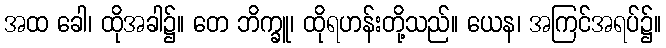
အထ ခေါ၊ ထိုအခါ၌။ တေ ဘိက္ခူ၊ ထိုရဟန်းတို့သည်။ ယေန၊ အကြင်အရပ်၌။